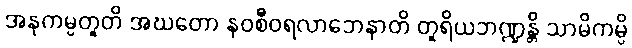
အနုကမ္ပတူတိ အဃတော နဝစီဝရလာဘေနာတိ တူရိယဘဏ္ဍန္တိ သာမိကမ္ပိ